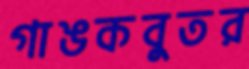
গাঙকবুতর